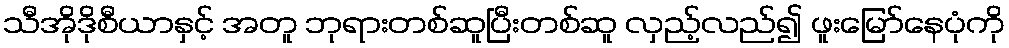
သီအိုဒိုစီယာနှင့် အတူ ဘုရားတစ်ဆူပြီးတစ်ဆူ လှည့်လည်၍ ဖူးမြော်နေပုံကို